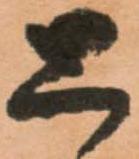
と